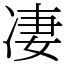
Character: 凄